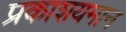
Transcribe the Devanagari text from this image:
प्रकाशयमान